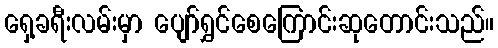
ရှေ့ခရီးလမ်းမှာ ပျော်ရွှင်စေကြောင်းဆုတောင်းသည်။